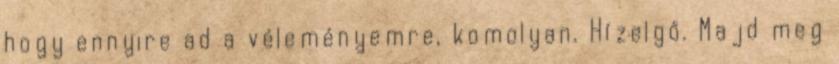
hogy ennyire ad a véleményemre, komolyan. Hízelgő. Majd meg